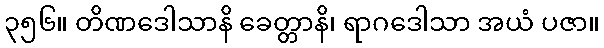
၃၅၆။ တိဏဒေါသာနိ ခေတ္တာနိ၊ ရာဂဒေါသာ အယံ ပဇာ။